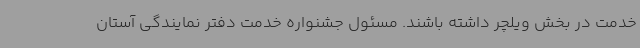
خدمت در بخش ویلچر داشته باشند. مسئول جشنواره خدمت دفتر نمایندگی آستان